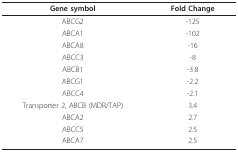
<table><thead><tr><td><b>Gene symbol</b></td><td><b>Fold Change</b></td></tr></thead><tbody><tr><td>ABCG2</td><td>-125</td></tr><tr><td>ABCA1</td><td>-102</td></tr><tr><td>ABCA8</td><td>-16</td></tr><tr><td>ABCC3</td><td>-8</td></tr><tr><td>ABCB1</td><td>-3.8</td></tr><tr><td>ABCG1</td><td>-2.2</td></tr><tr><td>ABCC4</td><td>-2.1</td></tr><tr><td>Transporter 2, ABCB (MDR/TAP)</td><td>3.4</td></tr><tr><td>ABCA2</td><td>2.7</td></tr><tr><td>ABCC5</td><td>2.5</td></tr><tr><td>ABCA7</td><td>2.5</td></tr></tbody></table>